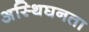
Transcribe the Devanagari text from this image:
अस्थिघनता